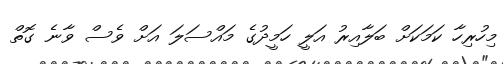
މިހުރިހާ ކަމަކަށް ބަލާއިރު އަލީ ހަމީދުގެ މައްސަލަ އަށް ވެސް ވާނެ ގޮތް